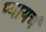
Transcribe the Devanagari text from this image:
प्यायचं